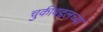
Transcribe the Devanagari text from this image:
चुकीबद्दलच्या